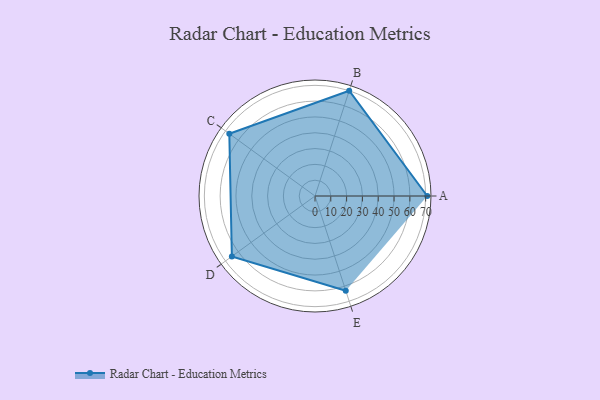
{"axis": {"x": "Skill", "y": "Score"}, "legend": ["Profile"], "data": [{"x": "A", "y": 71.0, "type": "Profile"}, {"x": "B", "y": 70.0, "type": "Profile"}, {"x": "C", "y": 67.0, "type": "Profile"}, {"x": "D", "y": 65.0, "type": "Profile"}, {"x": "E", "y": 63.0, "type": "Profile"}]}